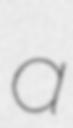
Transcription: a